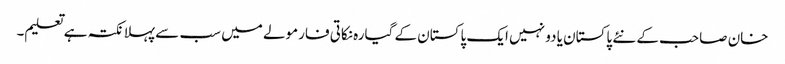
خان صاحب کے نئے پاکستان یا دو نہیں ایک پاکستان کے گیارہ نکاتی فارمولے میں سب سے پہلا نکتہ ہے تعلیم۔